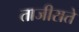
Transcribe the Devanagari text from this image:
ताजीराते